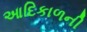
આદિકાળની